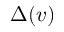
\Delta ( v )